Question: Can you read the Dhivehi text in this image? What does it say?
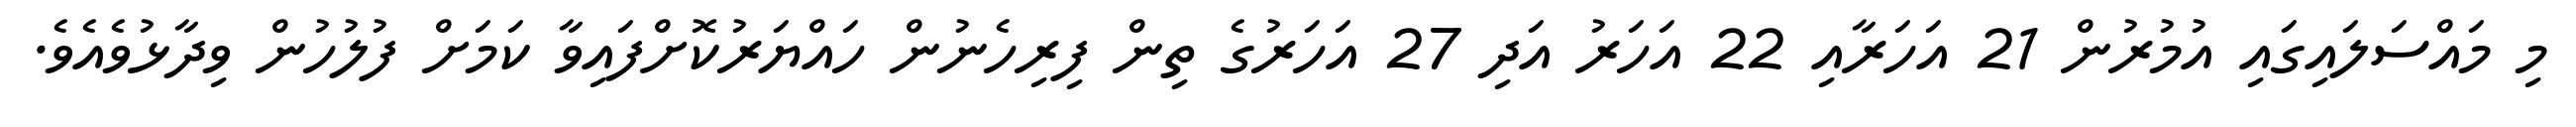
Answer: މި މައްސަލައިގައި އުމުރުން 21 އަހަރާއި 22 އަހަރު އަދި 27 އަހަރުގެ ތިން ފިރިހެނުން ހައްޔަރުކޮށްފައިވާ ކަމަށް ފުލުހުން ވިދާޅުވެއެވެ.